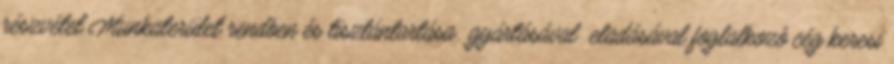
részvétel Munkaterület rendben és tisztántartása. .gyártásával eladásával foglalkozó cég keresi